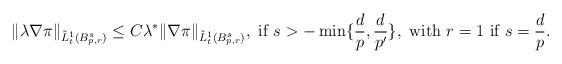
LaTeX: \begin{align*} \|\lambda\nabla\pi\|_{\tilde L^1_t(B^s_{p,r})}\leq C \lambda^\ast\|\nabla\pi\|_{\tilde L^1_t(B^s_{p,r})},\hbox{ if }s>-\min\{\frac{d}{p},\frac{d}{p'}\}, \hbox{ with }r=1 \hbox{ if }s=\frac{d}{p}.\end{align*}